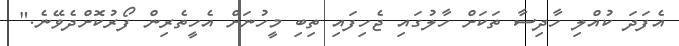
އެފަދަ ކުއްލި ހާދިސާ ތަކަށް ހާލުގައި ޖެހިފައި ތިބި މީހުނަށް އެހީތެރިން ފޯރުކޮށްދެވޭނެ."